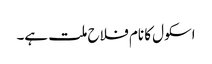
اسکول کا نام فلاح ملت ہے۔